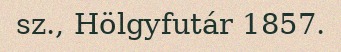
sz., Hölgyfutár 1857.